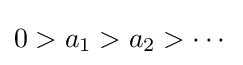
0>a_{1}>a_{2}>\cdots